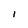
Character: 1